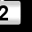
Digit: 2